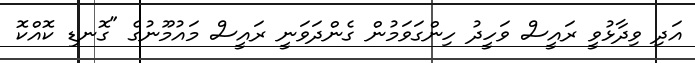
އަދި ވިދާޅުވީ ރައީސް ވަހީދު ހިންގަވަމުން ގެންދަވަނީ ރައީސް މައުމޫނުގެ "ގޮނޑި ކޮއްކޮ